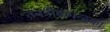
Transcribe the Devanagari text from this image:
तनत्रीकमन्दका